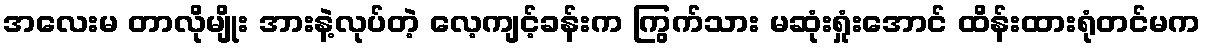
အလေးမ တာလိုမျိုး အားနဲ့လုပ်တဲ့ လေ့ကျင့်ခန်းက ကြွက်သား မဆုံးရှုံးအောင် ထိန်းထားရုံတင်မက